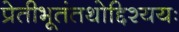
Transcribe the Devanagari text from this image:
प्रेतीभूतंतथोद्दिश्ययः